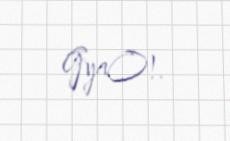
GyaO!.